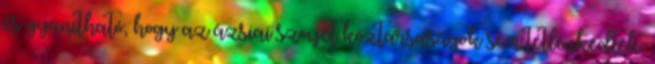
és gyanítható, hogy az ázsiai szovjet köztársaságok sem tétlenkedtek.